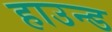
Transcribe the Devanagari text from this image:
हाउन्ड